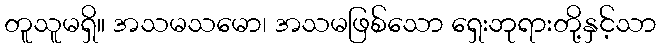
တူသူမရှိ။ အသမသမော၊ အသမဖြစ်သော ရှေးဘုရားတို့နှင့်သာ